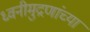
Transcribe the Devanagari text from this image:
ध्वनीमुद्रणांच्या